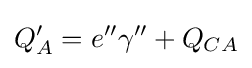
Q_{A}'=e''\gamma ''+Q_{CA}